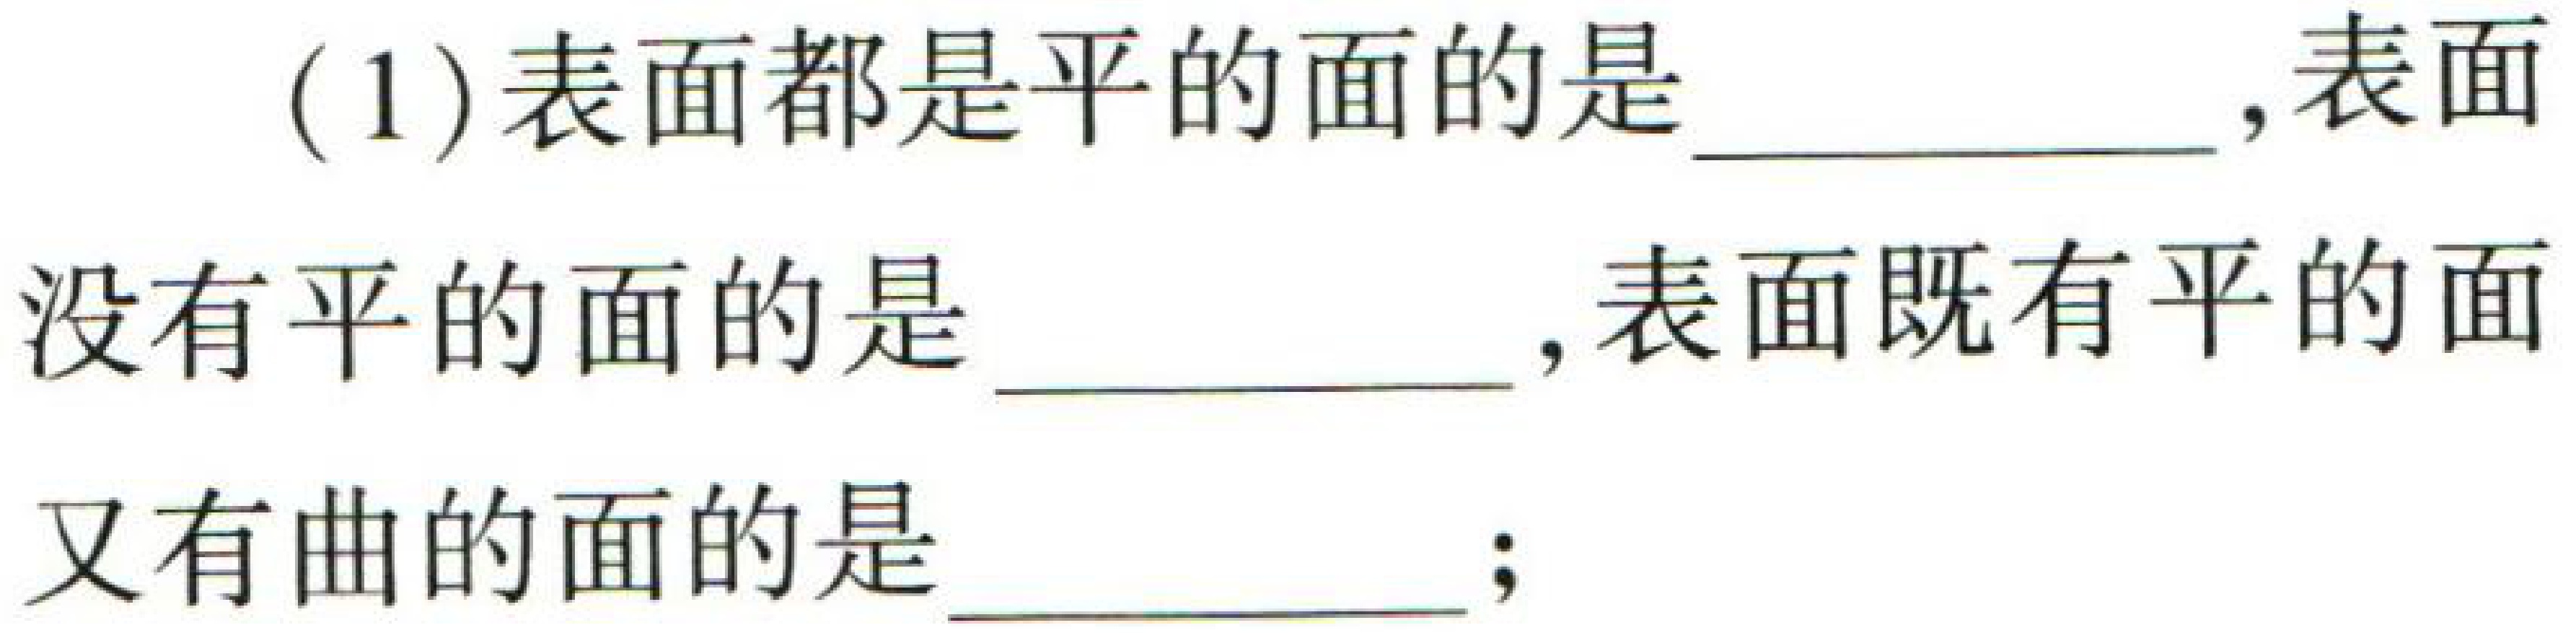
(1)表面都是平的面的是\underline{\qquad},表面没有平的面的是\underline{\qquad},表面既有平的面又有曲的面的是\underline{\qquad};